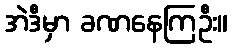
အဲဒီမှာ ခဏနေကြဦး။